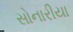
સોનારીયા